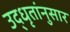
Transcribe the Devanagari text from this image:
उद्‌धृतांनुसार